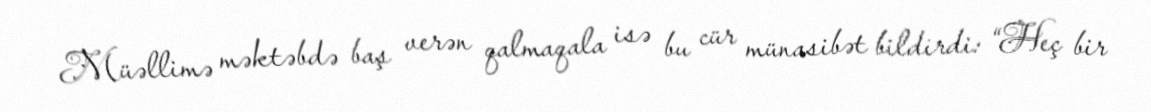
Müəllimə məktəbdə baş verən qalmaqala isə bu cür münasibət bildirdi: “Heç bir